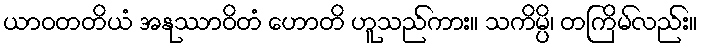
ယာဝတတိယံ အနုဿာဝိတံ ဟောတိ ဟူသည်ကား။ သကိမ္ပိ၊ တကြိမ်လည်း။